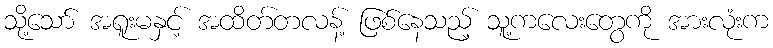
သို့သော် အရူးမနှင့် အထိတ်တလန့် ဖြစ်နေသည့် သူ့ကလေးတွေကို အားလုံးက